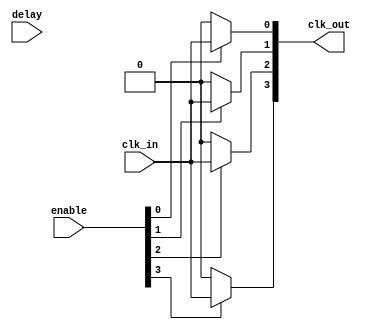
module HighFanoutClockBuffer #(
    parameter NUM_OUTPUTS = 4,          // Number of output ports
    parameter DELAY_WIDTH = 4            // Width of the programmable delay
)(
    input wire clk_in,                   // Input clock signal
    input wire [NUM_OUTPUTS-1:0] enable, // Enable signals for each output
    input wire [DELAY_WIDTH-1:0] delay,  // Programmable delay value
    output wire [NUM_OUTPUTS-1:0] clk_out // Buffered clock outputs
);

    // Internal signals for delayed clock
    wire clk_delayed [NUM_OUTPUTS-1:0];

    // Generate clock buffers with delay
    genvar i;
    generate
        for (i = 0; i < NUM_OUTPUTS; i = i + 1) begin : clock_buffer
            // Implement a delay line (this is a simple example)
            // In practice, a more sophisticated delay element should be used.
            assign clk_delayed[i] = (delay != 0) ? clk_in : clk_in; // Placeholder for actual delay implementation
            
            // Buffer output based on enable signal
            assign clk_out[i] = enable[i] ? clk_delayed[i] : 1'b0; // Output is 0 when disabled
        end
    endgenerate

endmodule